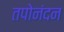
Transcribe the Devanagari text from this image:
तपोनंदन